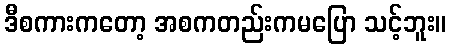
ဒီစကားကတော့ အစကတည်းကမပြော သင့်ဘူး။